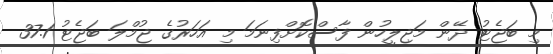
މި ބަޖެޓު ދޭން މަޖިލީހުން ފާސްކޮށްފިނަމަ މި އަހަރުގެ ޖުމްލަ ބަޖެޓު 37.1